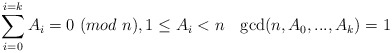
\begin{align*} \sum_{i=0}^{i=k} A_i=0 \ (mod \ n), 1 \le A_i <n \ \ \ {\rm gcd}(n,A_0,...,A_k)=1\end{align*}